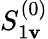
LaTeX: S_{1\mathbf{v}}^{(0)}